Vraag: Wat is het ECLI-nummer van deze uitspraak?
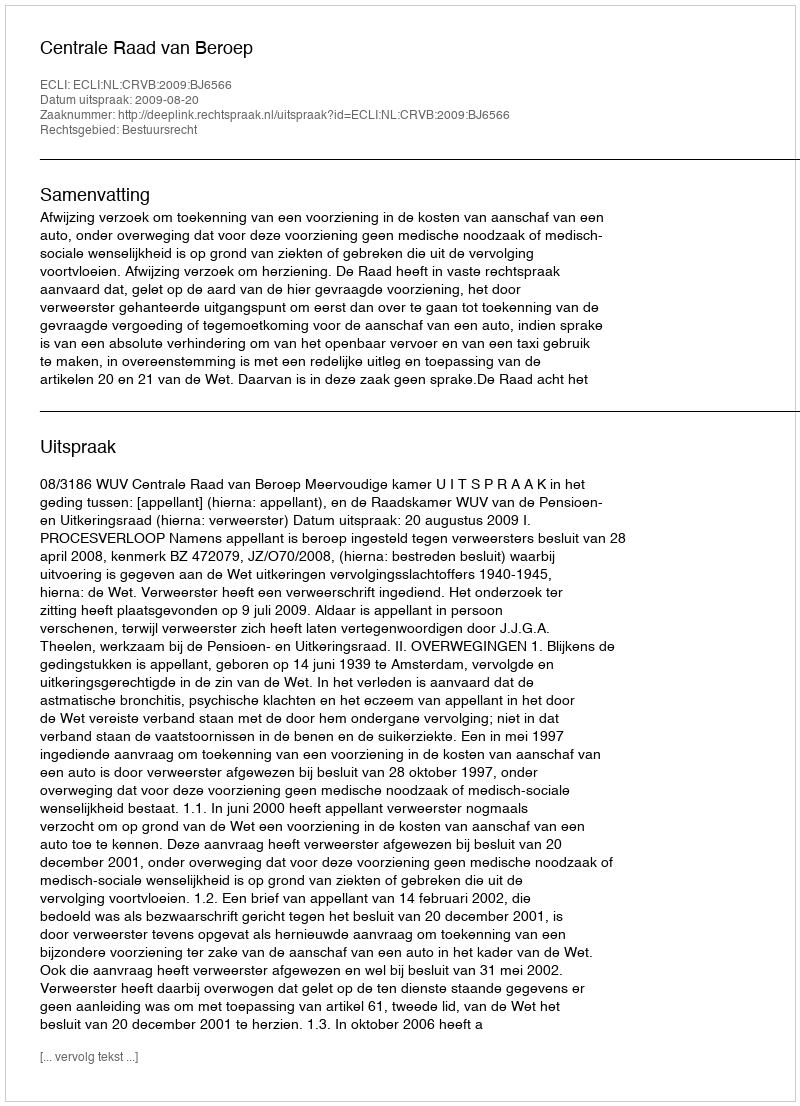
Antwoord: ECLI:NL:CRVB:2009:BJ6566